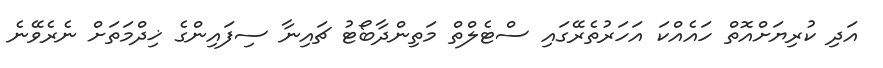
އަދި ކުރިޔަށްއޮތް ހައެއްކަ އަހަރުތެރޭގައި ސްޓެލްތް މަތިންދާބޯޓު ޗައިނާ ސިފައިންގެ ޚިދްމަތަށް ނެރެވޭނެ